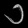
Digit: ၁